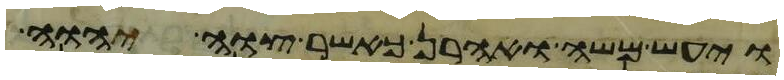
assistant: ויעש משה ואהרן כאשר צוה יהוה